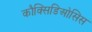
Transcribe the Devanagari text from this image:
कौक्सिडिओसिस